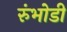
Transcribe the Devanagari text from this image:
रुंभोडी